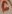
Text: 6